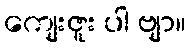
ကျေးဇူး ပါ ဗျာ။